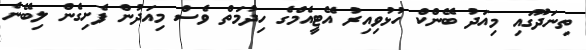
ތިނަދޫގައި މިއަދު ބޭންކް ހުޅުވިއިރު އޭޓީއެމްގެ ހިދުމަތް ވެސް މިއަދުން ފެށިގެން ލިބޭނެ